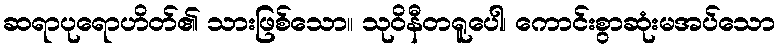
ဆရာပုရောဟိတ်၏ သားဖြစ်သော။ သုဝိနီတရူပေါ၊ ကောင်းစွာဆုံးမအပ်သော